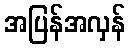
အပြန်အလှန်